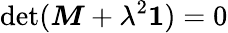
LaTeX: \operatorname*{det}(\boldsymbol{M}+\lambda^{2}\boldsymbol{1})=0